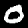
Digit: 0